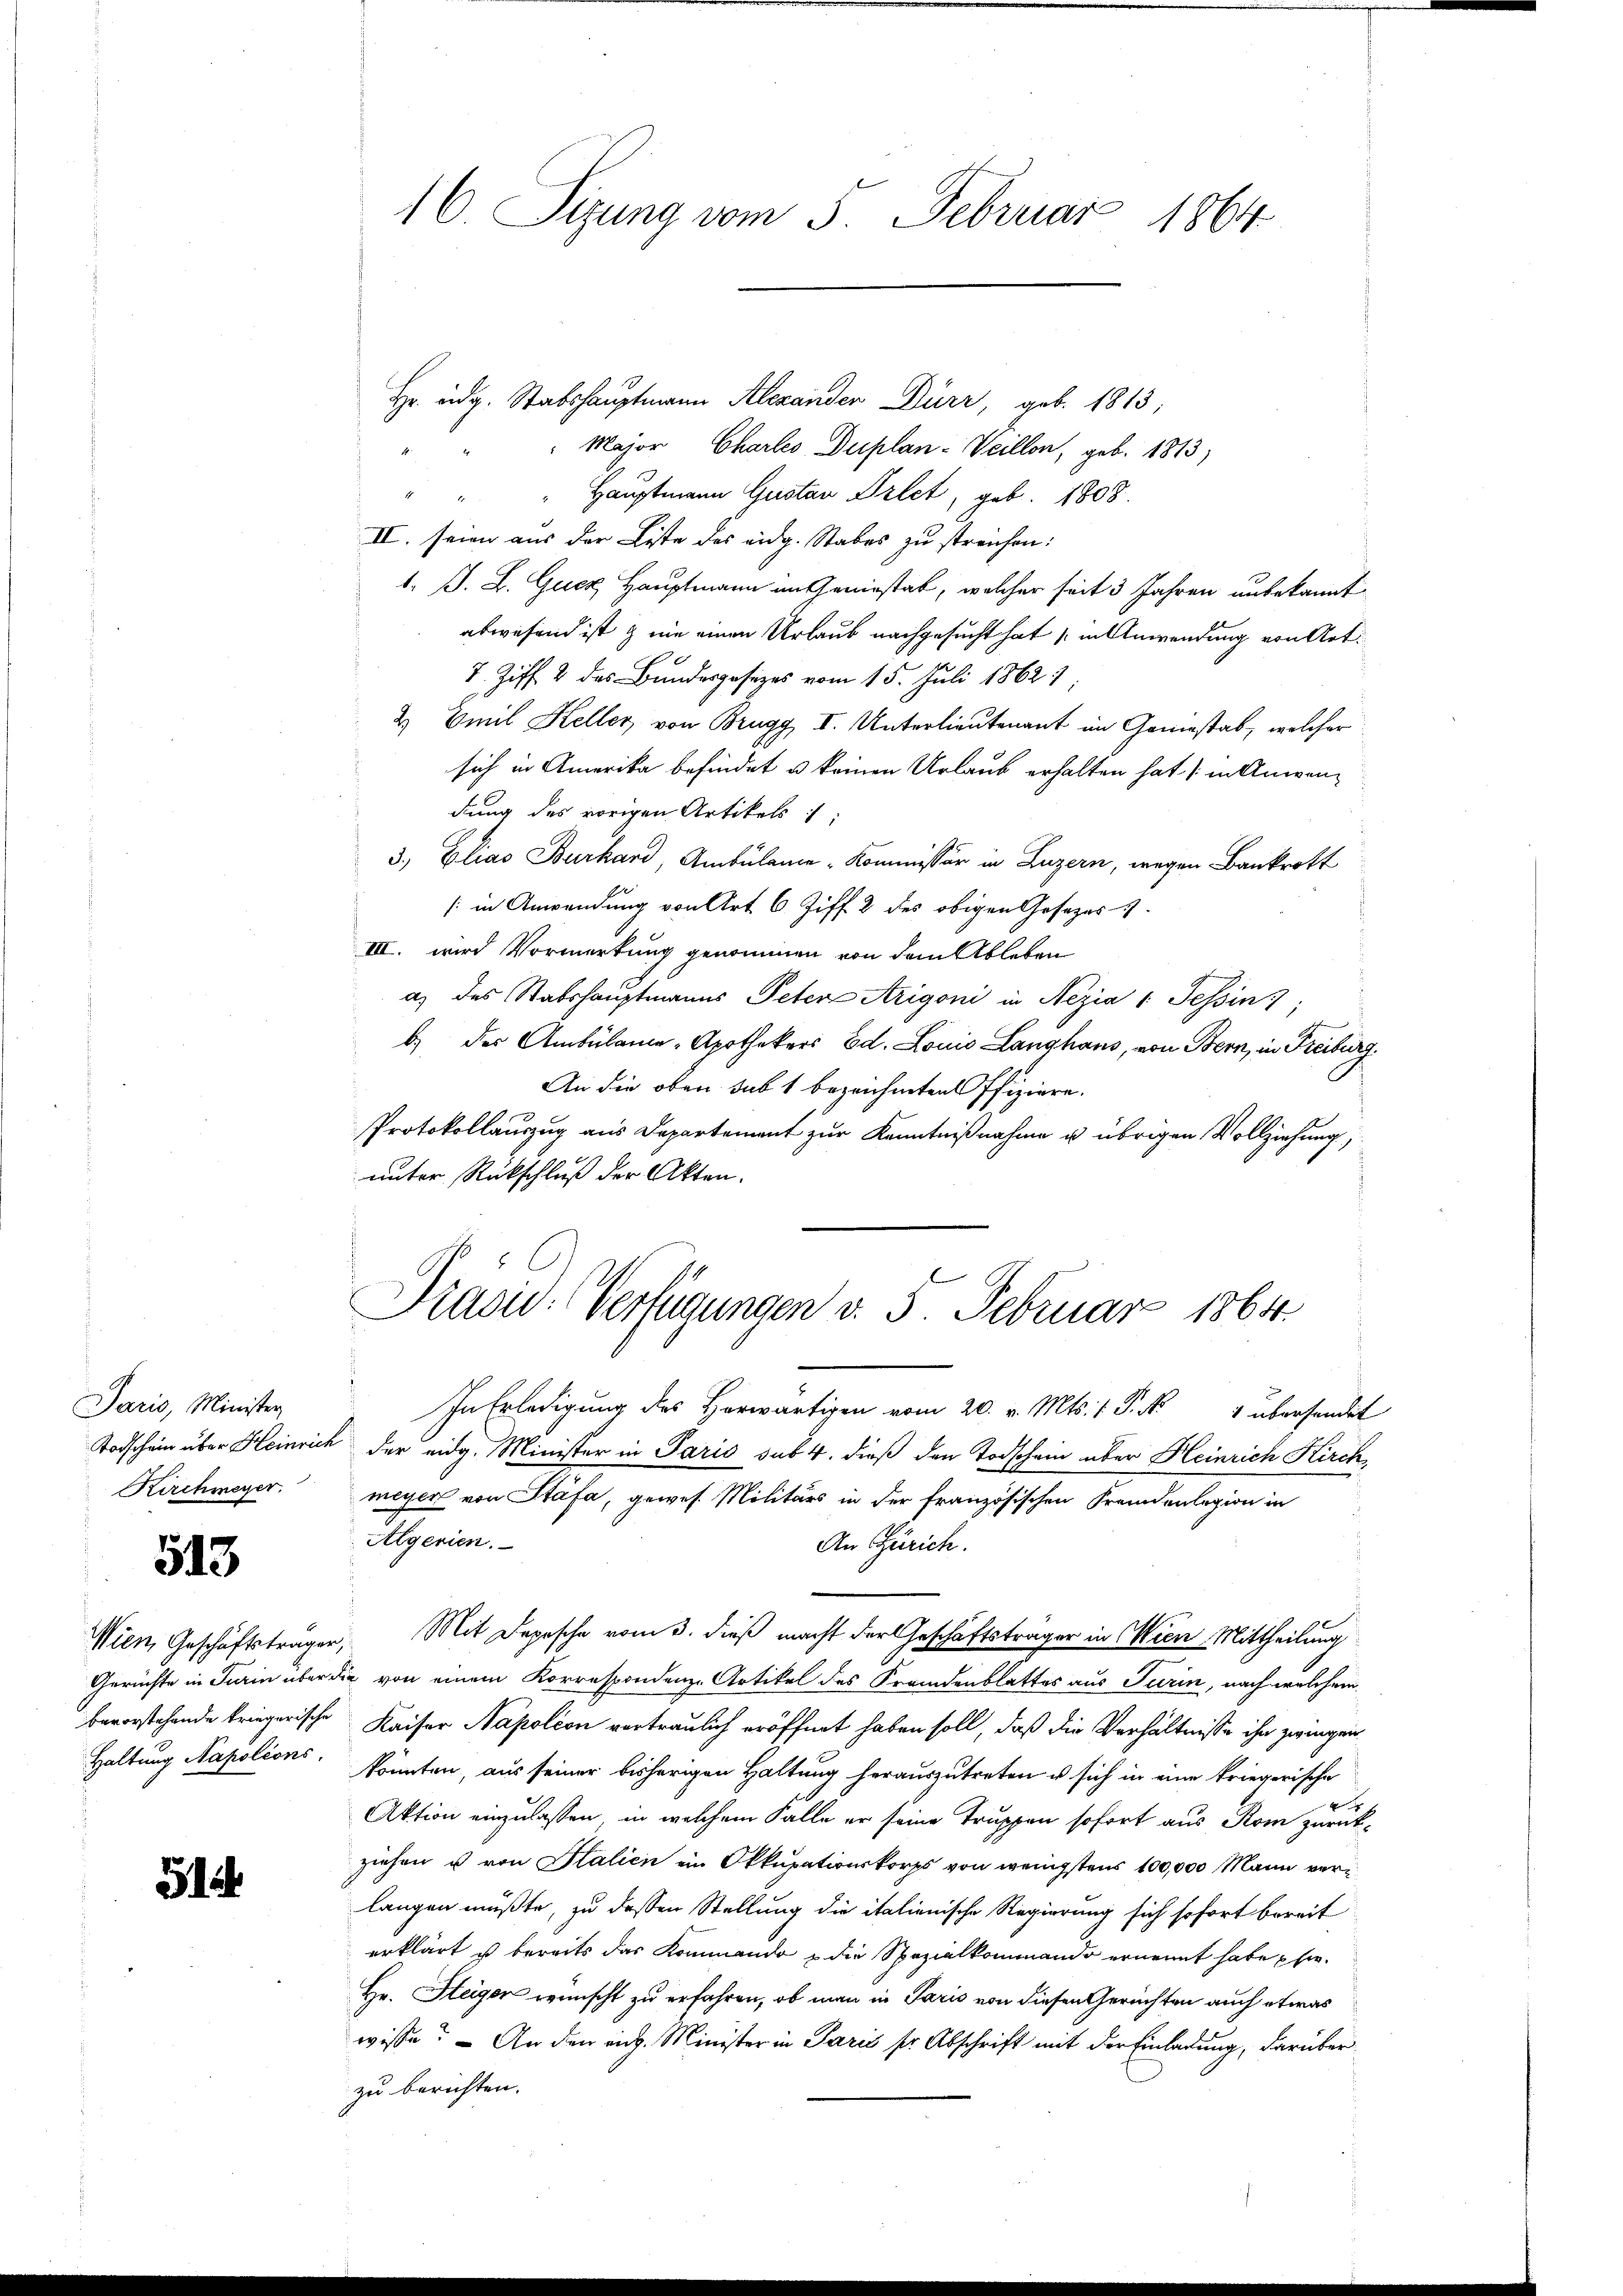
Paris, Minister
Kirchmeyer.

513

5

Major Chartes Duplan-Weillon, geb. 1813,
Hauptmann Gustav Arlet, geb. 1808.
2
II. seien aus der Liste des eidg. Stabes zu streichen:
1. B. L. Gucz Hauptmann im Geniestat, welcher seit 3 Jahren unbekannt
abwesend ist wie einen Urlaub nachgesucht hat in Anwendung von Art.
7. Ziff. 2 des Bundesgesezes vom 15. Juli 18621;
2 Emil Keller, von Brugg I. Unterlieutenant im Gemestab, welcher
sich in Amerika befindet u keinen Urlaub erhalten hat in Anwendung des vorigen Artikels 1;
3.) Elias Burkard, Ambulame Kommissär in Luzern, wegen Bankrott
[in Anwendung von Art 6 Ziff. 2 des obigen Gesezes
III. wird Vormerkung genommen von dem Ableben
a) des Stabshauptmanns Peter Arigoni in Nezia 1 Tessin
b.) der Ambülame-Apothekers Ed. Louis Langhaus, von Bern, in Freiburg
An die oben sub 1 bezeichneten Pfiziere.
Protokollauszug aus Departement zur Kenntnißnahme u. übrigen Vollziehung,
unter Rückschluß der Akten.

In Erledigung des Horwärtigen vom 20. v. Mts. f. P. Nr. 4 übersendet
Todschein über Heinrich der eidg. Minister in Paris sub 4. dieß den Todschein über Heinrich Kirchmeyer von Stäfa, gewes. Militärs in der französischen Fremdenlegion in
Algerien.
An Zürich.
Wien Geschäftsträger, Mit Depesche vom 3. dieß macht der Geschäftsträger in Miene Mittheilung
Gerichte in Turin über die von einem Korrespondenz-Artikel des Fremdenblatter aus Turin, nach welchem
bevorstehende kriegerische Kaiser Napoleon vertraulich eröffnet haben soll, daß die Verhältnisse ihn zwingen
Haltung Napolions, könnten, aus seiner bisherigen Haltung herauszutreten u sich in eine kriegerische
Aktion einzulassen, in welchem Falle er seine Truppen sofort aus Rom zurückziehen u von Stalien ein Okkupationskorps von wenigstens 100,000 Mann verlangen müßte, zu dessen Stellung die italienische Regierung sich sofort bereit
erklärt ist bereits das Kommando u die Spezialkommando ernennt habe hie¬
Hr. Steiger wünscht zu erfahren, ob man in Paris von diesen Gerichten auch etwas
wisse? – An den rich. Minister in Paris sr. Abschrift mit der Einladung, darüberzu berichten.

16 Sizung vom 5. Februar 1864

Hr. Eidg. Stabshauptmann Alexander Dürr, geb. 1813;

Präsid. Verfügungen v. 5. Februar 1864.